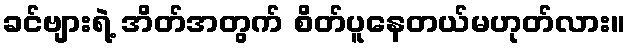
ခင်ဗျားရဲ့ အိတ်အတွက် စိတ်ပူနေတယ်မဟုတ်လား။